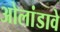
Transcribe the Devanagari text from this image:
ओलांडावे